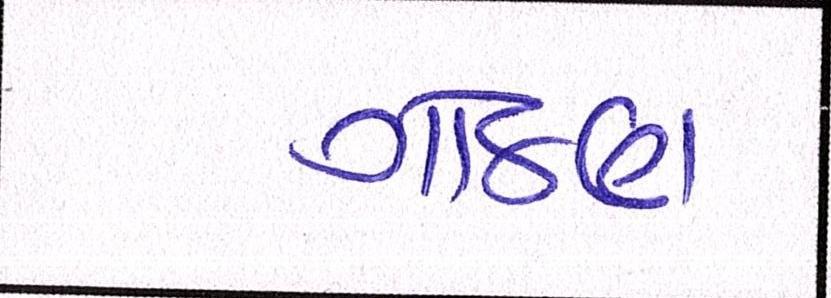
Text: ગોઠણ